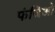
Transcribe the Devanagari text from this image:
फंजिओ